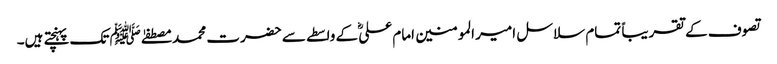
تصوف کے تقریباً تمام سلاسل امیر المومنین امام علیؓ کے واسطے سے حضرت محمد مصطفےٰ ﷺ تک پہنچتے ہیں۔